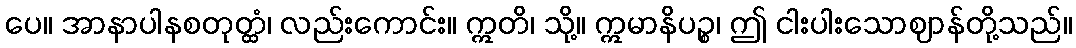
ပေ။ အာနာပါနစတုတ္ထံ၊ လည်းကောင်း။ ဣတိ၊ သို့။ ဣမာနိပဉ္စ၊ ဤ ငါးပါးသောဈာန်တို့သည်။